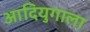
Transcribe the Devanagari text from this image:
आदियुगाला